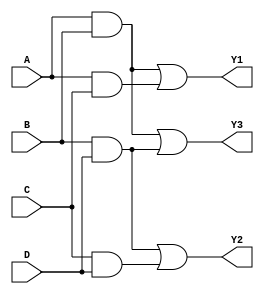
module MaskedPAL (
    input wire A,    // Input A
    input wire B,    // Input B
    input wire C,    // Input C
    input wire D,    // Input D
    output wire Y1,  // Output Y1
    output wire Y2,  // Output Y2
    output wire Y3   // Output Y3
);

// AND gate outputs (programmable connections)
wire and_out0; // Corresponds to AND gate 0
wire and_out1; // Corresponds to AND gate 1
wire and_out2; // Corresponds to AND gate 2
wire and_out3; // Corresponds to AND gate 3

// Programmable AND gates
// Example configurations (masked connections)
// and_out0 = A AND B
assign and_out0 = A & B; // Masked connection 1

// and_out1 = A AND C
assign and_out1 = A & C; // Masked connection 2

// and_out2 = B AND D
assign and_out2 = B & D; // Masked connection 3

// and_out3 = C AND D
assign and_out3 = C & D; // Masked connection 4

// Fixed OR gates
// Example OR gate connections
// Y1 = and_out0 OR and_out1
assign Y1 = and_out0 | and_out1; // Output configuration 1

// Y2 = and_out2 OR and_out3
assign Y2 = and_out2 | and_out3; // Output configuration 2

// Y3 = (and_out0 OR and_out2)
assign Y3 = and_out0 | and_out2; // Output configuration 3

endmodule